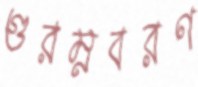
গুরম্নবরণ